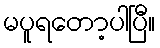
မပူရတော့ပါပြီ။